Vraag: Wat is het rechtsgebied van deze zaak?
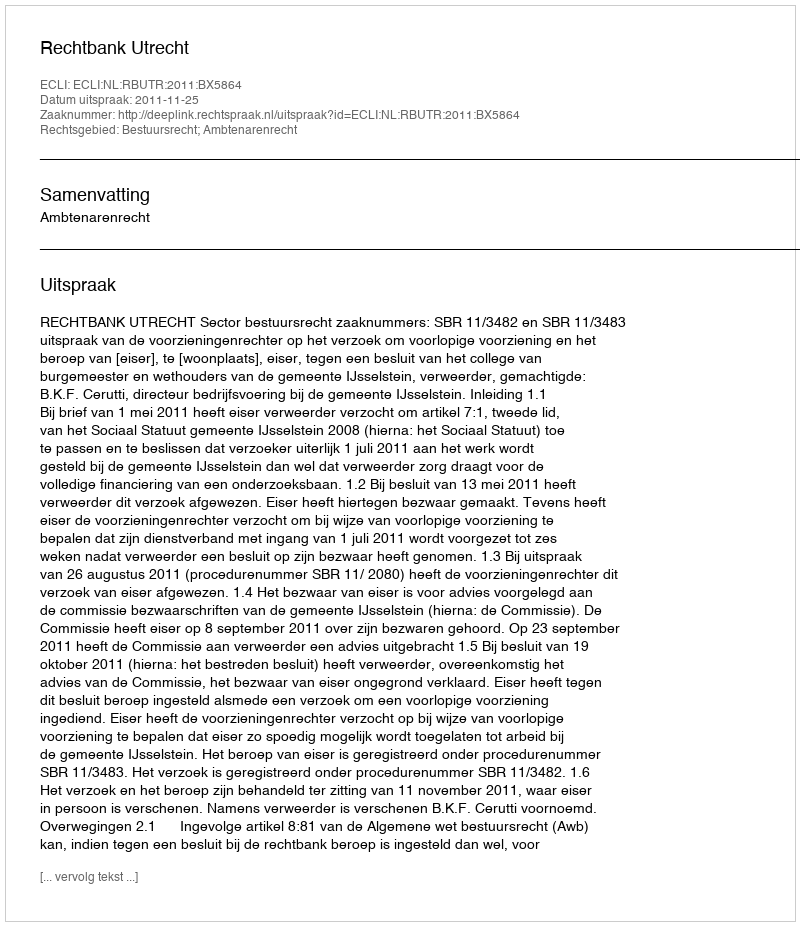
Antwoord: Bestuursrecht; Ambtenarenrecht